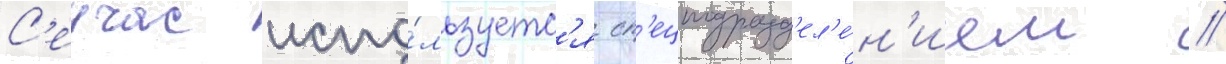
С'еичас испо́льзуетс'я сп'ецподразд'ел'е́н'ием //